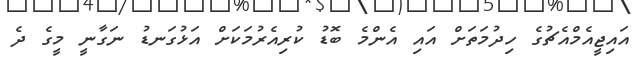
އައިޖީއެމްއެޗުގެ ހިދުމަތަށް އައި އެންމެ ބޮޑު ކުރިއެރުމަކަށް އަޅުގަނޑު ނަގާނީ މީގެ ދެ